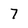
Character: 7